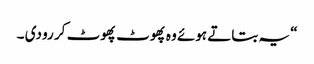
“ یہ بتاتے ہوئے وہ پھوٹ پھوٹ کر رو دی ۔